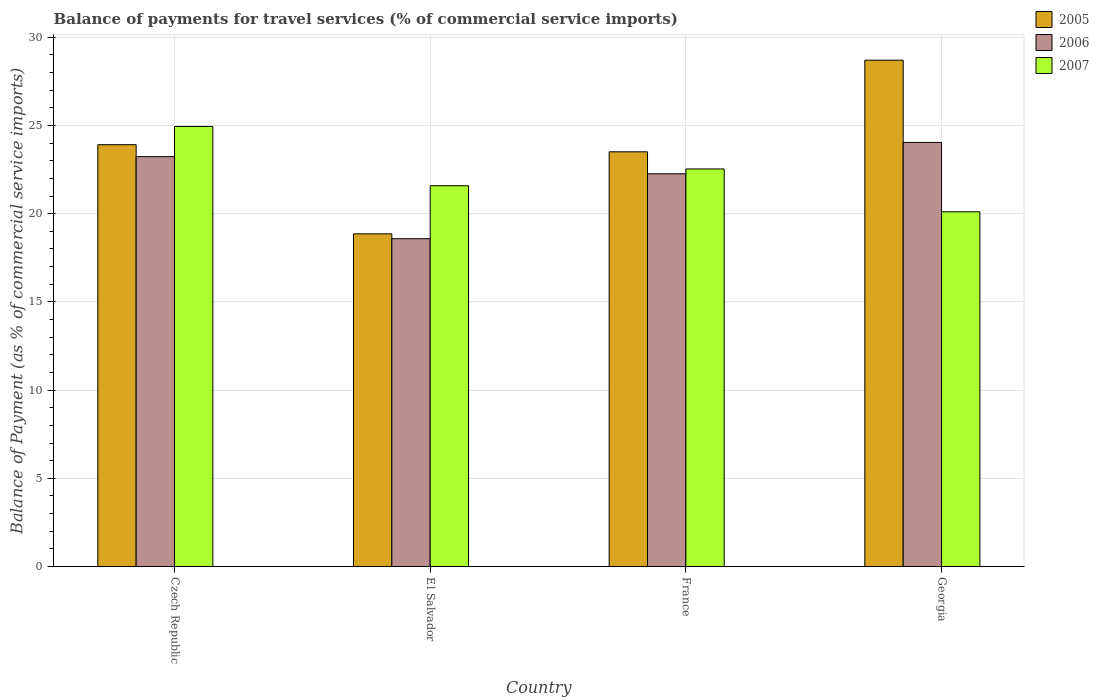
| Country | 2005 | 2006 | 2007 |
 | --- | --- | --- | --- |
 | Czech Republic | 23.9 | 23.2 | 24.9 |
 | El Salvador | 18.9 | 18.6 | 21.6 |
 | France | 23.5 | 22.3 | 22.5 |
 | Georgia | 28.7 | 24 | 20.1 |